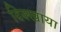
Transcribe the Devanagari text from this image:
दिक्खाया